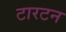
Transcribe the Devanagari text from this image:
टारटन